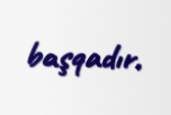
başqadır.